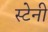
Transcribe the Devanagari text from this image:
स्टेनी